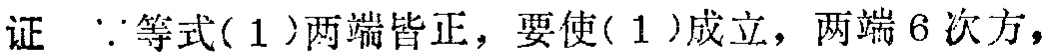
证  $\because$等式(1)两端皆正，要使(1)成立，两端6次方，